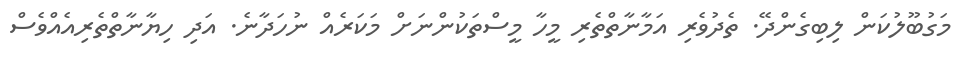
މަގުބޫލުކަން ލިބިގެންދޭ. ތެދުވެރި އަމާނާތްތެރި މީހާ މީސްތަކުންނަށް މަކަރެއް ނުހަދާނެ. އަދި ހިޔާނާތްތެރިއެއްވެސް